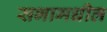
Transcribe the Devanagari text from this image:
सभामधील